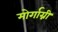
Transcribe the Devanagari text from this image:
मोर्गाग्नी